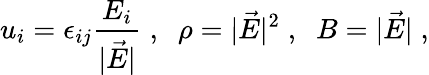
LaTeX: u_{i}=\epsilon_{ij}\frac{E_{i}}{|\vec{E}|}\; ,\; \; \rho=|\vec{E}|^{2}\; ,\; \; B=|\vec{E}|\; ,